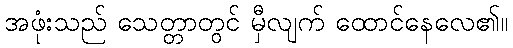
အဖုံးသည် သေတ္တာတွင် မှီလျက် ထောင်နေလေ၏။